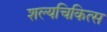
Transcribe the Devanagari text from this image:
शल्यचिकित्स